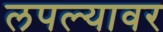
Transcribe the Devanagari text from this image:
लपल्यावर